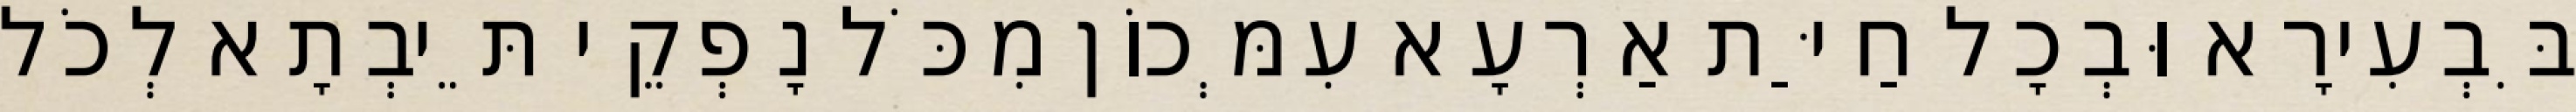
בִּבְעִירָא וּבְכָל חַיַּת אַרְעָא עִמְּכוֹן מִכֹּל נָפְקֵי תֵּיבְתָא לְכֹל